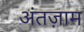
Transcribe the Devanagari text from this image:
अंतज़ाम